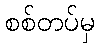
စစ်တပ်မှ